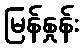
မြန်နှုန်း